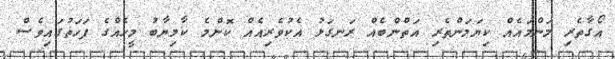
އޯގާތެރި މަންމައެއް ކިޔަމަންތެރި އަތްންބެއް ރަނގަޅު އެކުވެރިއެއް ކޮންމެ ކާމިޔާބު މީހެއްގެ ފަހަތުގައިވެސް